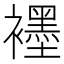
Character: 𬡶